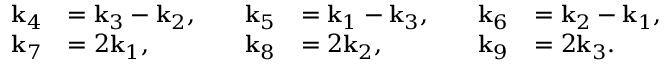
\begin{array} { r l } { \mathbf { k } _ { 4 } } & { = \mathbf { k } _ { 3 } - \mathbf { k } _ { 2 } , } \\ { \mathbf { k } _ { 7 } } & { = 2 \mathbf { k } _ { 1 } , } \end{array} \quad \begin{array} { r l } { \mathbf { k } _ { 5 } } & { = \mathbf { k } _ { 1 } - \mathbf { k } _ { 3 } , } \\ { \mathbf { k } _ { 8 } } & { = 2 \mathbf { k } _ { 2 } , } \end{array} \quad \begin{array} { r l } { \mathbf { k } _ { 6 } } & { = \mathbf { k } _ { 2 } - \mathbf { k } _ { 1 } , } \\ { \mathbf { k } _ { 9 } } & { = 2 \mathbf { k } _ { 3 } . } \end{array}